Annual report on the working of the mental hospitals in the Madras Presidency - 1912-1932
Year: 1912
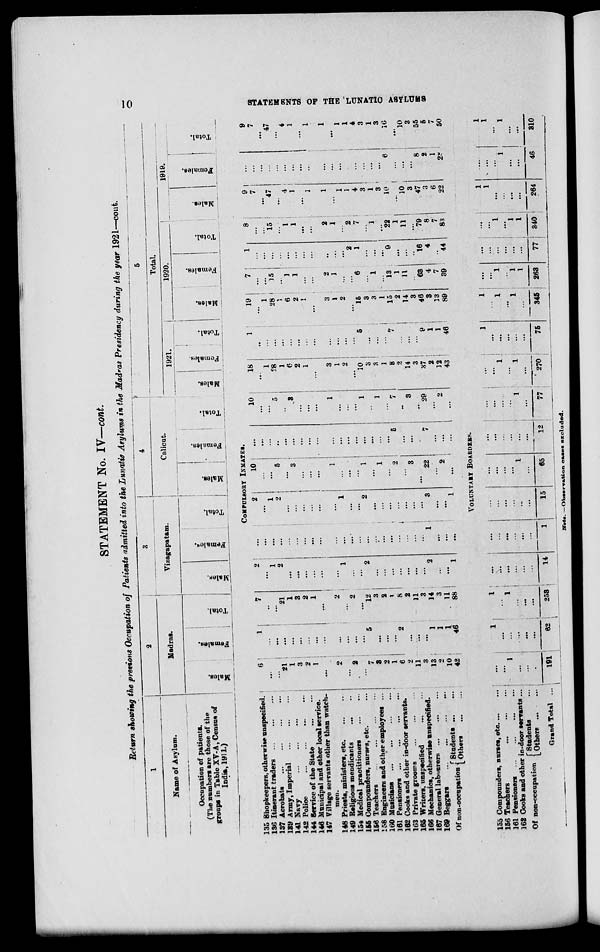
10
STATEMENTS OF THE LUNATIC ASYLUMS
STATEMENT No. IV—cont.
Return showing the previous Occupation of Patients admitted into the Lunatic Asylums in the Madras Presidency during the year 1921—cont.
1
Name of Asylum.
Occupation of patients.
(The numbers are those of the
groups in Table XV-A, Census of
India,1911.)
2
Madras.
Males.
Females.
Total.
3
Vizagapatam.
Males.
Females.
Total.
4
Calicut.
Males.
Females.
Total.
5 6
Total.
1921.
Males.
Females.
Tot al .
1920.
Males.
Females.
Totals.
Total.
1919.
Males.
Females.
Total.
COMPULSORY INMATES.
135 Shopkeepers, otherwise unspecified.
136 Itinerant traders
...
...
...
137 Acrobats
...
...
...
139 Army, Imperial
...
...
...
141 Navy
...
...
...
142 Police
...
...
...
...
144 Service of the State
...
...
146 Municipal and other local Service.
147 Villiage servants other than watch¬
men.
148 Priests, ministers, etc.
...
...
149 Religions mendicants
...
...
154 Medical practitioners
...
...
155 Compounders, nurses, etc. ...
156 Teachers
...
...
...
...
158 Engineers and other employees ...
160 Musicians ...
...
...
...
161 Pensioners ...
...
...
...
162 Cooks and other in-door servants.
163 Private grooms
...
...
165 Writers, unspecified ... ...
166 Mechanics, otherwise unspecified.
167 General
labourers...
...
169 Beggars
...
...
...
...
Of non-occupation Students... ...
Others ... ...
6
...
...
21
1
3
2
1
...
2
...
2
...
7
3
2
1
6
2
11
3
13
2
10
42
1
...
...
...
...
...
1
...
...
...
...
...
...
5
...
...
...
2
...
...
...
1
1
1
46
7
...
...
21
1
3
2
1
...
2
...
2
...
12
3
2
1
8
2
11
3
14
3
11
88
2
...
1
2
...
...
...
...
...
...
1
...
...
2
...
...
...
...
...
...
...
2
...
...
1
...
...
...
...
...
...
...
...
...
...
...
...
...
...
...
...
...
...
...
...
...
1
...
...
...
2
...
1
2
...
1
...
...
...
...
1
...
...
2
...
...
...
...
...
...
...
3
...
...
1
10
...
...
5
...
3
...
...
...
1
...
...
...
1
...
1
...
2
...
3
...
22
...
2
...
...
...
...
...
...
...
...
...
...
...
...
...
...
...
...
...
...
5
...
...
...
7
...
...
...
10
...
...
5
...
3
...
...
...
1
...
...
...
1
...
1
...
7
..
3
...
29
...
2
...
18
...
1
28
1
6
2
1
...
3
1
2
...
10
3
3
1
8
2
14
3
37
2
12
43
1
...
...
...
...
...
...
...
...
...
...
...
...
5
...
...
...
7
...
...
...
9
1
1
46
19
...
1
28
1
6
2
1
...
3
1
2
...
15
3
3
1
15
2
14 3
46
3
13
89
7
...
...
15
...
1
1
...
...
2
1
...
...
6
...
1
...
13
1
11
..
63
4
7
39
1
...
...
...
...
...
...
...
...
...
...
...
2
1
...
...
...
9
...
...
..
16
4
..
44
8
...
...
15
...
1
1
...
...
2
1
...
2
7
...
1
...
22
1
11
...
79
8
7
83
9
7
...
47
...
4
1
...
1
1
...
1
1
4
3
1
3
10
...
10
3
47
3
6
22
...
...
...
...
...
...
...
...
...
...
...
...
...
...
...
...
...
6
...
...
...
8
2
1
28
9
7
...
47
...
4
1
...
1
1
...
1
1
4
3
1
3
16
...
10
3
55
5
7
50
VOLUNTARY BOARDERS.
155 Compounders, nurses, etc...
...
156 Teachers
...
...
...
161 Pensioners ...
...
...
...
162 Cooks and other in-door servants...
Of non-occupation Students
...
Others
...
...
Grand Total ...
...
...
1
...
...
...
191
1
...
...
...
...
...
62
1
...
1
...
...
...
253
...
...
...
...
...
...
14
...
...
...
...
...
...
1
...
...
...
...
...
...
15
...
...
...
...
1
...
65
...
...
...
...
...
...
12
...
...
...
...
1
...
77
...
...
1
...
1
1
270
1
...
...
...
...
...
75
1
...
1
...
1
1
345
...
...
1
...
1
1
263
...
...
...
...
...
...
77
...
...
1
...
1
1
340
1
1
...
...
...
...
264
...
...
...
1
...
...
46
1
1
...
1
...
...
310